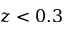
z < 0 . 3